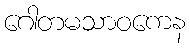
ဂေါတမသာဝကေန